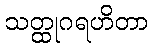
သတ္ထုဂရဟိတာ